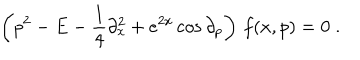
\left( p ^ { 2 } - E - { \frac { 1 } { 4 } } \partial _ { x } ^ { 2 } + e ^ { 2 x } \cos \partial _ { p } \right) \, f ( x , p ) = 0 \; .